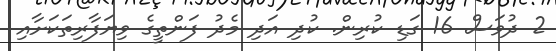
2 ދުވަސް 16 ގަޑި ކުރިން. ކުދި އަދި މެދު ފަންތީގެ ވިޔަފާރިތަކަށާއި